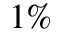
1 \%